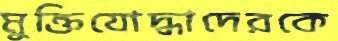
মুক্তিযোদ্ধাদেরকে